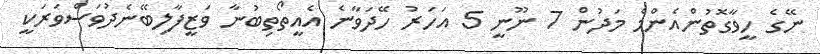
ނޭގެ ހީވާގޮތުންއެންމެ މަދުން 7 ނޫނީ 5 އަހަރު ހޭދަވާނެ އެއީތޯތިބުނާ ވަޒީފާލިބޭނެދުވަސްވަރަކީ